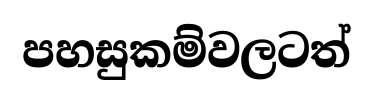
පහසුකම්වලටත්